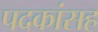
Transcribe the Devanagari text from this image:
पदकांसह